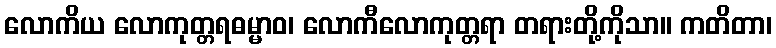
လောကိယ လောကုတ္တရဓမ္မာဝ၊ လောကီလောကုတ္တရာ တရားတို့ကိုသာ။ ကတိတာ၊